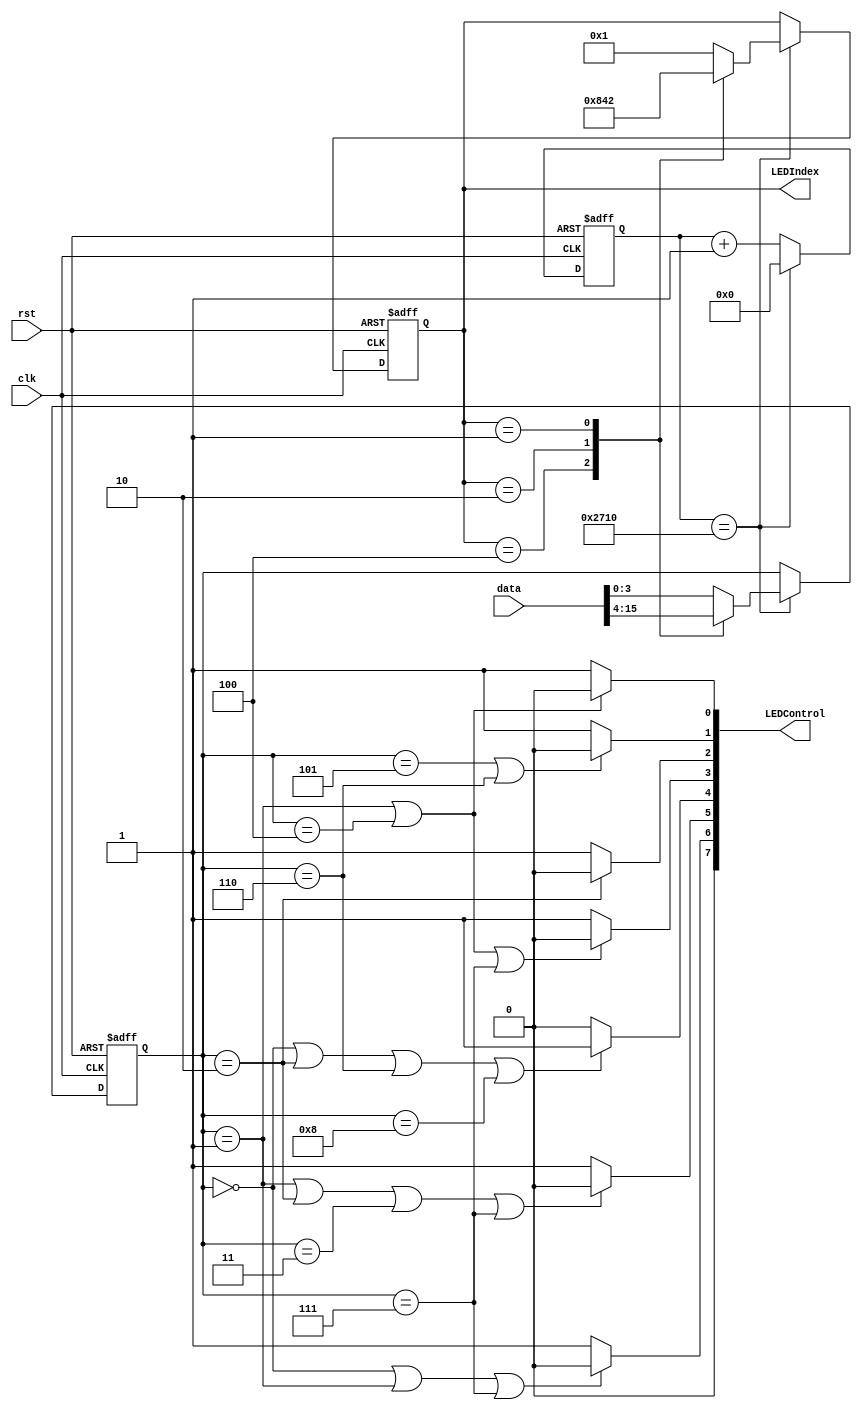
`timescale 1ns / 1ps
//////////////////////////////////////////////////////////////////////////////////
// Company:
// Engineer:
//
// Design Name:
// Module Name: light_control
// Project Name:
// Target Devices:
// Tool Versions:
// Description:
//
// Dependencies:
//
// Revision:
// Revision 0.01 - File Created
// Additional Comments:
//
//////////////////////////////////////////////////////////////////////////////////


module light_control (
    input clk,
    input rst,
    input [15:0] data,
    output [7:0] LEDControl,
    output [3:0] LEDIndex
);

  //
  reg [ 3:0] index_temp;
  reg [ 3:0] control_temp;
  reg [31:0] counter;
  //
  parameter count_max = 10000;
  parameter A = 4'b1000, B = 4'b0100, C = 4'b0010, D = 4'b0001;

  always @(posedge clk or negedge rst) begin
    if (~rst) begin
      index_temp <= D;
      control_temp <= 0;
      counter <= 0;
    end else if (counter == count_max) begin
      //
      case (index_temp)
        A: begin
          index_temp   <= D;
          control_temp <= data[3:0];
        end
        B: begin
          index_temp   <= A;
          control_temp <= data[15:12];
        end
        C: begin
          index_temp   <= B;
          control_temp <= data[11:8];
        end
        D: begin
          index_temp   <= C;
          control_temp <= data[7:4];
        end
        default: begin
          index_temp   <= D;
          control_temp <= data[3:0];
        end
      endcase
      counter <= 0;
    end else begin
      counter <= counter + 1;
    end
  end

  //
  assign LEDControl[0] = (control_temp == 1 || control_temp == 4) ? 0 : 1;
  assign LEDControl[1] = (control_temp == 5 || control_temp == 6) ? 0 : 1;
  assign LEDControl[2] = (control_temp == 2) ? 0 : 1;
  assign LEDControl[3] = (control_temp == 1 || control_temp == 4 || control_temp == 7) ? 0 : 1;
  assign LEDControl[4] = (control_temp == 0 || control_temp == 2 || control_temp == 6 || control_temp == 8)? 1:0;
  assign LEDControl[5] = (control_temp == 1 || control_temp == 2 || control_temp == 3 || control_temp == 7)? 0:1;
  assign LEDControl[6] = (control_temp == 0 || control_temp == 1 || control_temp == 7) ? 0 : 1;
  assign LEDControl[7] = 0;

  assign LEDIndex = index_temp;

endmodule